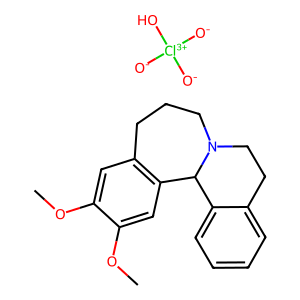
SMILES: COc1cc2c(cc1OC)C1c3ccccc3CCN1CCC2.[O-][Cl+3]([O-])([O-])O
Inhibits HIV replication: No